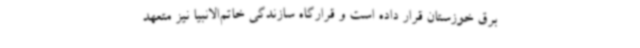
برق خوزستان قرار داده است و قرارگاه سازندگی خاتم‌الانبیا نیز متعهد